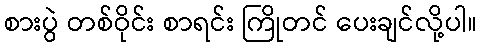
စားပွဲ တစ်ဝိုင်း စာရင်း ကြိုတင် ပေးချင်လို့ပါ။